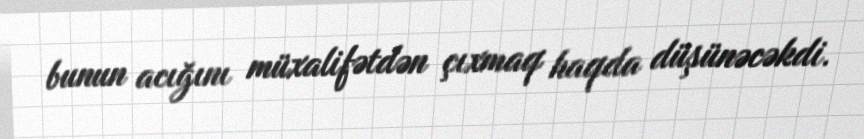
bunun acığını müxalifətdən çıxmaq haqda düşünəcəkdi.